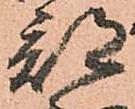
部